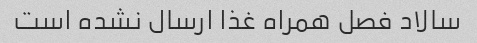
سالاد فصل همراه غذا ارسال نشده است